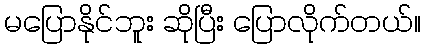
မပြောနိုင်ဘူး ဆိုပြီး ပြောလိုက်တယ်။